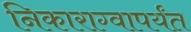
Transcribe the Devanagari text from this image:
निकाराग्वापर्यंत